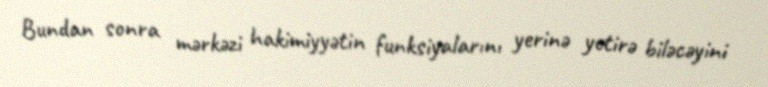
Bundan sonra mərkəzi hakimiyyətin funksiyalarını yerinə yetirə biləcəyini